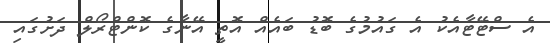
އެ ސްޓޭޓާއެކު އެ ގައުމުގެ ބޮޑު ބައެއް އޮތީ އޭނާގެ ކޮންޓްރޯލް ދަށުގައި